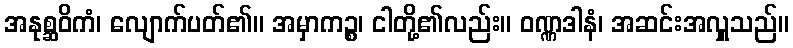
အနုစ္ဆဝိကံ၊ လျောက်ပတ်၏။ အမှာကဉ္စ၊ ငါတို့၏လည်း။ ဝဏ္ဏဒါနံ၊ အဆင်းအလှူသည်။